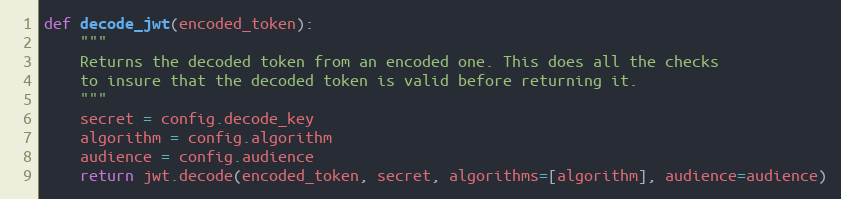
Language: Python
def decode_jwt(encoded_token):
    """
    Returns the decoded token from an encoded one. This does all the checks
    to insure that the decoded token is valid before returning it.
    """
    secret = config.decode_key
    algorithm = config.algorithm
    audience = config.audience
    return jwt.decode(encoded_token, secret, algorithms=[algorithm], audience=audience)